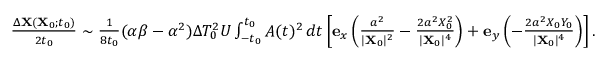
\begin{array} { r } { \frac { \Delta \mathbf { X } ( \mathbf { X } _ { 0 } ; t _ { 0 } ) } { 2 t _ { 0 } } \sim \frac { 1 } { 8 t _ { 0 } } ( \alpha \beta - \alpha ^ { 2 } ) \Delta T _ { 0 } ^ { 2 } U \int _ { - t _ { 0 } } ^ { t _ { 0 } } A ( t ) ^ { 2 } \, d t \left[ \mathbf { e } _ { x } \left( \frac { a ^ { 2 } } { \vert \mathbf { X } _ { 0 } \vert ^ { 2 } } - \frac { 2 a ^ { 2 } X _ { 0 } ^ { 2 } } { \vert \mathbf { X } _ { 0 } \vert ^ { 4 } } \right) + \mathbf { e } _ { y } \left( - \frac { 2 a ^ { 2 } X _ { 0 } Y _ { 0 } } { \vert \mathbf { X } _ { 0 } \vert ^ { 4 } } \right) \right] . } \end{array}